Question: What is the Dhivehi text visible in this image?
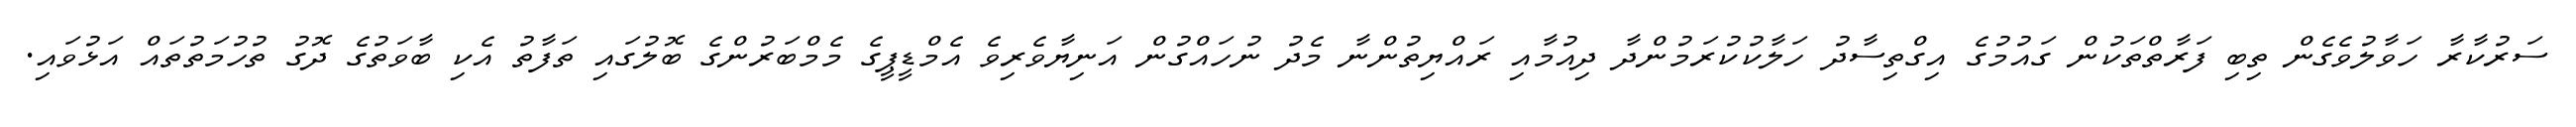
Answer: ސަރުކާރާ ހަވާލުވެގެން ތިބި ފަރާތްތަކުން ގައުމުގެ އިގްތިސާދު ހަލާކުކުރަމުންދާ ދިއުމާއި ރައްޔިތުންނާ މެދު ނުހައްގުން އަނިޔާވެރިވެ އެމްޑީޕީގެ މެމްބަރުންގެ ބޮލުގައި ތަފާތު އެކި ބާވަތުގެ ދޮގު ތުހުމަތުތައް އަޅުވައި.